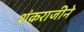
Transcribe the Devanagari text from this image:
शंकराजीने